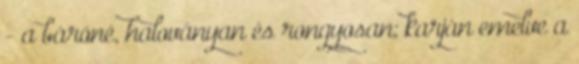
- a báróné, haloványan és rongyosan; karján emelve a